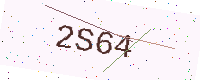
Text: 2S64